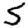
Digit: 5